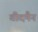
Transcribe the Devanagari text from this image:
वीदमैन